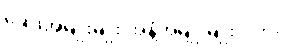
ဆေးအမျိုးမျိုး အနံ့အမျိုးမျိုးပါဘဲ။